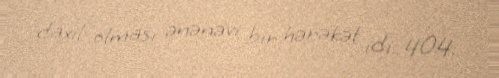
daxil olması ənənəvi bir hərəkət idi.:404.